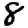
Digit: 8